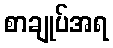
စာချုပ်အရ